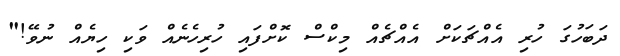
ދަބަހުގަ ހުރި އެއްޗަކަށް އެއްޗެއް މިކްސް ކޮށްފައި ހުރިހެނެއް ވަކި ހިޔެއް ނުވޭ!"